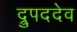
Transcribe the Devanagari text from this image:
द्रुपददेव